Civil Veterinary Dept. North-West Frontier Province 1901-22 - 1901-1922
Year: 1901
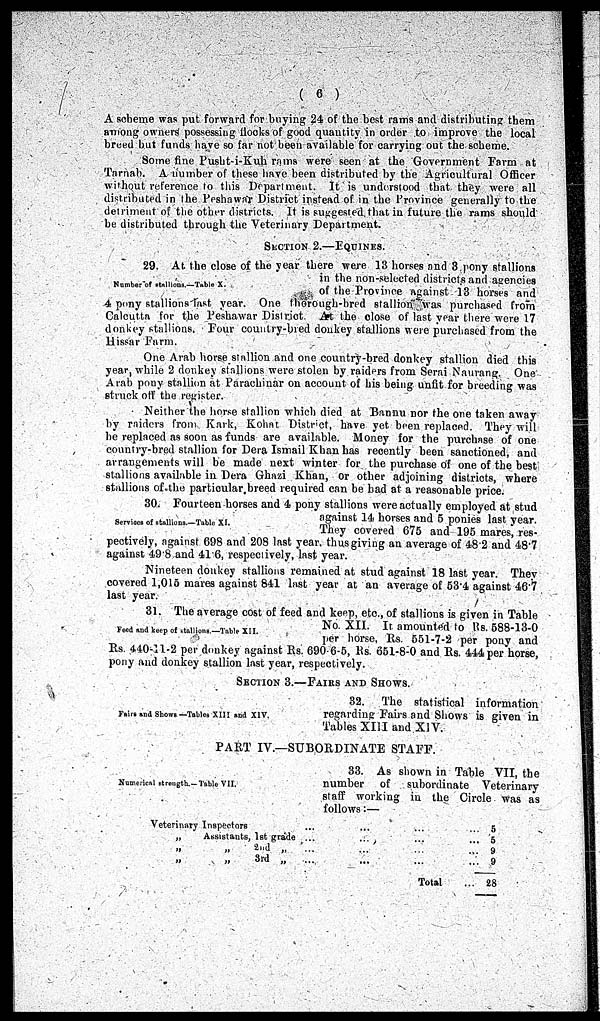
(6)
A scheme was put forward for buying 24 of the best rams and distributing them
among owners possessing flocks of good quantity in order to improve the local
breed but funds have so far not been available for carrying out the scheme.
Some fine Pusht-i-Kuh rams were seen at the Government Farm at
Tarnab. A number of these have been distributed by the Agricultural Officer
without reference to this Department. It is understood that they were all
distributed in the Peshawar District instead of in the Province generally to the
detriment of the other districts. It is suggested that in future the rams should
be distributed through the Veterinary Department.
SECTION 2.—EQUINES.
Number of stallions.—Table X.
29. At the close of the year there were 13 horses and 3 pony stallions
in the non-selected districts and agencies
of the Province against 13 horses and
4 pony stallions last year. One thorough-bred stallion was purchased from
Calcutta for the Peshawar District At the close of last year there were 17
donkey stallions. Four country-bred donkey stallions were purchased from the
Hissar Farm.
One Arab horse stallion and one country-bred donkey stallion died this
year while 2 donkey stallions were stolen by raiders from Serai Naurang. One
Arab pony stallion at Parachinar on account of his being unfit for breeding was
struck off the register.
Neither the horse stallion which died at Bannu nor the one taken away
by raiders from Kark, Kohat District, have yet been replaced. They will
be replaced as soon as funds are available. Money for the purchase of one
country-bred stallion for Dera Ismail Khan has recently been sanctioned, and
arrangements will be made next winter for the purchase of one of the best
stallions available in Dera Ghazi Khan, or other adjoining districts, where
stallions of the particular breed required can be bad at a reasonable price.
Services of stallions.—Table XI.
30. Fourteen horses and 4 pony stallions were actually employed at stud
against 14 horses and 5 ponies last year.
They covered 675 and 195 mares, res-
pectively, against 698 and 208 last year thus giving an average of 482 and 48.7
against 49.8 and 41.6, respectively, last year.
Nineteen donkey stallions remained at stud against 18 last year. They
covered 1,015 mares against 841 last year at an average of 53.4 against 46.7
last year.
Feed and keep of stallions.—Table XII.
31. The average cost of feed and keep, etc., of stallions is given in Table
No. XII. It amounted to Rs. 588-13-0
per horse, Rs. 551-7-2 per pony and
Rs. 440-11-2 per donkey against Rs. 690-6-5, Rs. 651-8-0 and Rs. 444 per horse,
pony and donkey stallion last year, respectively.
SECTION 3.-FAIRS AND SHOWS.
Fairs and Shows—Tables XIII and XIV.
32. The statistical information
regarding Fairs and Shows is given in
Tables XIII and XIV.
PART IV.—SUBORDINATE STAFF.
Numerical strength.—Table VII.
33. As shown in Table VII, the
number of subordinate Veterinary
staff working in the Circle was as
follows:—
Veterinary Inspectors
„
Assistants, 1st grade
„
„
2nd
„
„
„
3rd „
...
...
...
...
...
...
...
...
...
...
...
...
Total
...
...
...
...
...
5
5
9
9
28